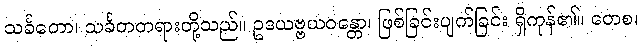
သင်္ခတော၊ သင်္ခတတရားတို့သည်။ ဥဒယဗ္ဗယဝန္တော၊ ဖြစ်ခြင်းပျက်ခြင်း ရှိကုန်၏။ တေစ၊